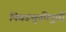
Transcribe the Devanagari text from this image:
निवडणुकीपुर्वी